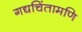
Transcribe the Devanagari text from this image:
गद्यचिंतामणि